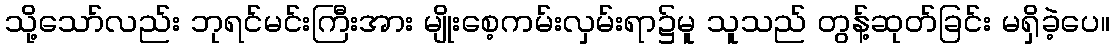
သို့သော်လည်း ဘုရင်မင်းကြီးအား မျိုးစေ့ကမ်းလှမ်းရာ၌မူ သူသည် တွန့်ဆုတ်ခြင်း မရှိခဲ့ပေ။